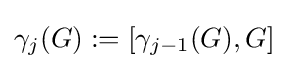
\gamma _{j}(G):=\lbrack \gamma _{j-1}(G),G\rbrack